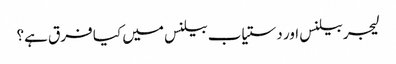
لیجر بیلنس اور دستیاب بیلنس میں کیا فرق ہے؟